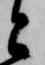
と